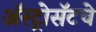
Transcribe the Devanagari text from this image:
ॲस्ट्रोसॅटचे